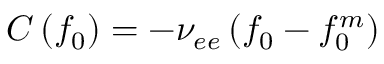
C \left( { { f _ { 0 } } } \right) = - { \nu _ { e e } } \left( { { f _ { 0 } } - f _ { 0 } ^ { m } } \right)